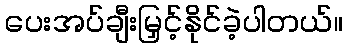
ပေးအပ်ချီးမြှင့်နိုင်ခဲ့ပါတယ်။